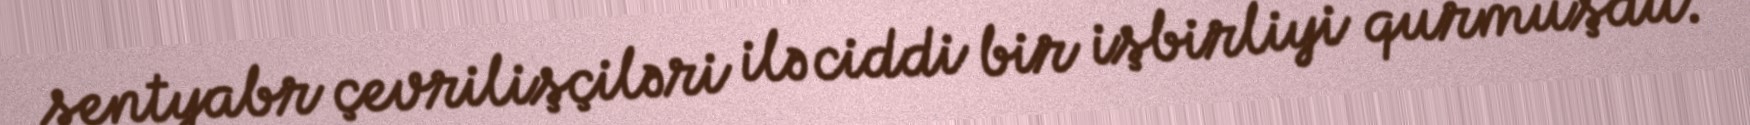
sentyabr çevrilişçiləri ilə ciddi bir işbirliyi qurmuşdu.